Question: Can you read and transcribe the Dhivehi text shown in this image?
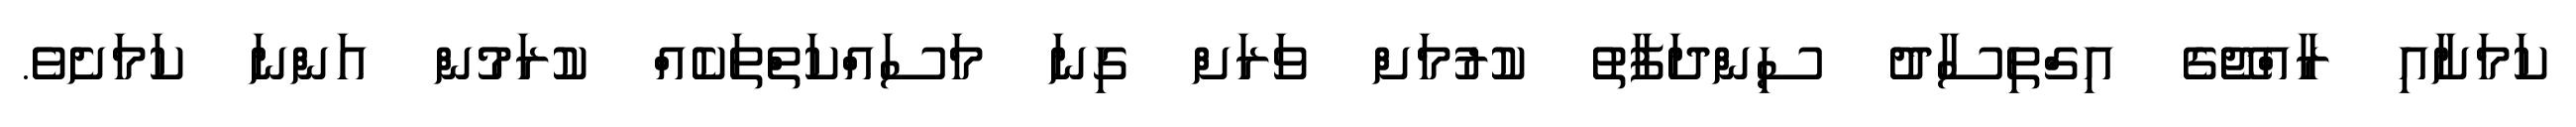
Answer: ކަމަށާއި ރާއްޖޭގެ އިގްތިސާދު ސިންދަފާތު ކުރުމަށް ވަރަށް ގިނަ މަސައްކަތްތަކެއް ކުރަމުން އަންނަ ކަމަށެވެ.